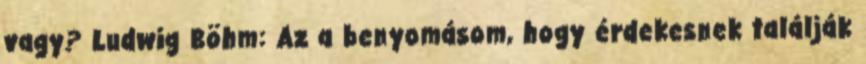
vagy? Ludwig Böhm: Az a benyomásom, hogy érdekesnek találják